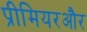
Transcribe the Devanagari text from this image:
प्रीमियरऔर